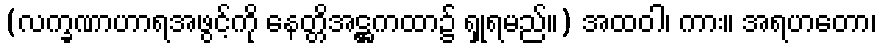
(လက္ခဏာဟာရအဖွင့်ကို နေတ္တိအဋ္ဌကထာ၌ ရှုရမည်။) အထဝါ၊ ကား။ အရဟတော၊